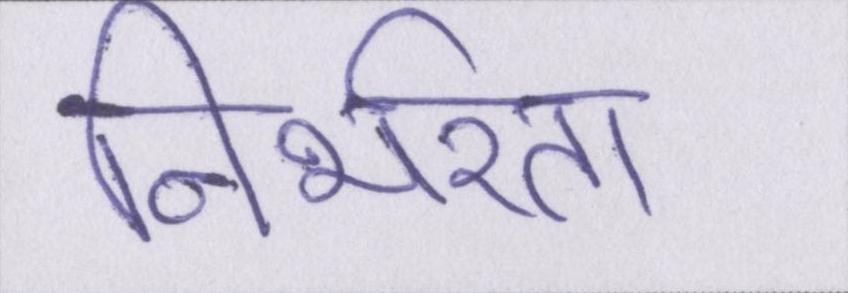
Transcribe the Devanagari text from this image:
निर्भरता